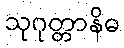
သုဂုတ္တာနိဓ